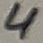
Text: 4